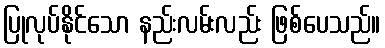
ပြုလုပ်နိုင်သော နည်းလမ်းလည်း ဖြစ်ပေသည်။